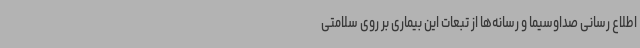
اطلاع رسانی صداوسیما و رسانه‌ها از تبعات این بیماری بر روی سلامتی